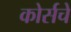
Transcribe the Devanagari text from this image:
कोर्सचे